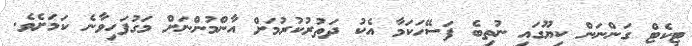
ޓިކެޓް ގަންނަން ކިޔޫގައި ނުތިބެ ފަސޭހަކަމާ އެކު ދަތުރުކުރުމަށް އާންމުންނަށް މަގުފަހިވާނެ ކަމަށެވެ.